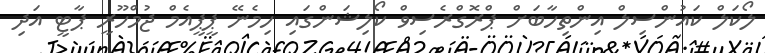
ލޯކަލް ކައުންސިލް އިންތިހާބަށް ޕްރޮގްރެސިވް ކޯލިޝަންގައި ހިމެނޭ ޕީޕީއެމް ޖުމްހޫރީ ޕާޓީ އަދި